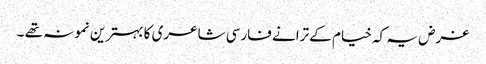
غرض یہ کہ خیام کے ترانے فارسی شاعری کا بہترین نمونہ تھے ۔